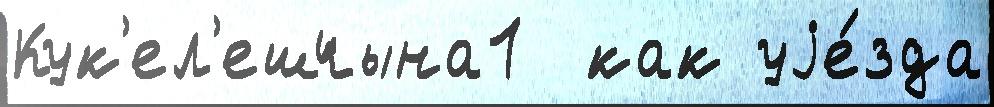
Кук'ел'ешчына1  как уjе́зда